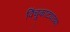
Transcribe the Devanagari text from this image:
विंचूकाट्याच्या